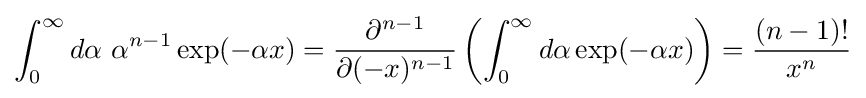
\int _{0}^{\infty }d\alpha \ \alpha ^{n-1}\exp(-\alpha x)={\frac {\partial ^{n-1}}{\partial (-x)^{n-1}}}\left(\int _{0}^{\infty }d\alpha \exp(-\alpha x)\right)={\frac {\left(n-1\right)!}{x^{n}}}